Calcutta medical institutions reports 1892-1900
Year: 1892
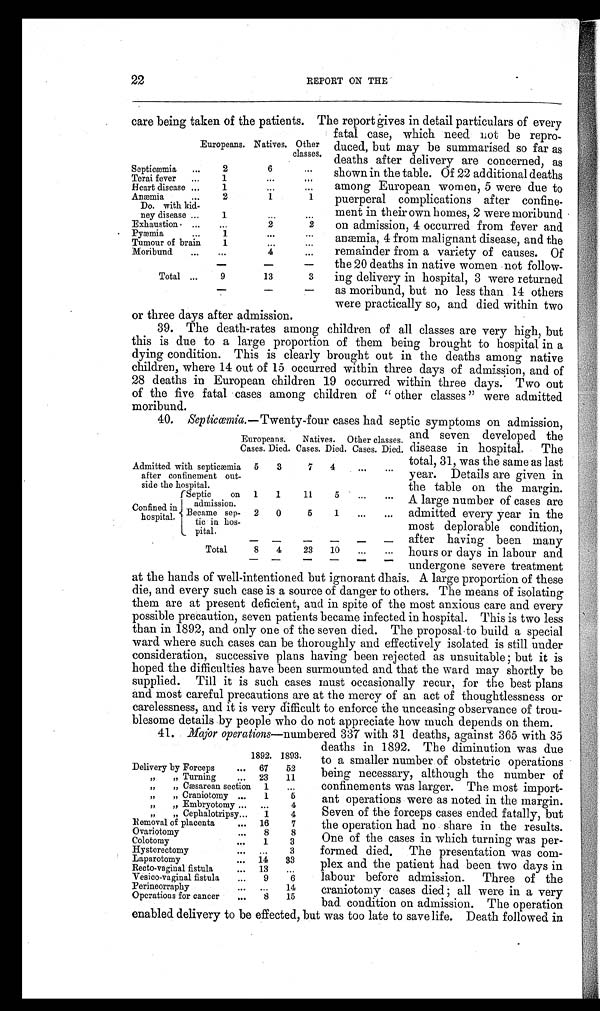
Europeans. Natives. Other
classes.
Septicæmia
...
2
6
...
Terai fever
...
1
...
. . .
Heart disease ...
1
...
...
Anæmia
...
2
1
1
Do. with kid-
ney disease
...
1
...
...
Exhaustion ...
...
2
2
Pyæmia
...
1
. . .
...
Tumour of brain
1
. . .
. . .
Moribund
...
...
4
. . .
Total ...
9
13
3
or three days after admission.
22
REPORT ON THE
care being taken of the patients. The report gives in detail particulars of every
fatal case, which need not be repro-
duced, but may be summarised so far as
deaths after delivery are concerned, as
shown in the table. Of 22 additional deaths
among European women, 5 were due to
puerperal complications after confine
-ment in their own homes, 2 were moribund
on admission, 4 occurred from fever and
anæmia, 4 from malignant disease, and the
remainder from a variety of causes. Of
the 20 deaths in native women not follow-
ing delivery in hospital, 3 were returned
as moribund, but no less than 14 others
were practically so, and died within two
39. The death-rates among children of all classes are very high, but
this is due to a large proportion of them being brought to hospital in a
dying condition. This is clearly brought out in the deaths among native
children, where 14 out of 15 occurred within three days of admission, and of
28 deaths in European children 19 occurred within three days. Two out
of the five fatal cases among children of "other classes" were admitted
moribund.
40.
Septicœmia.—Twenty-four cases had septic symptoms on admission,
Europeans.
Natives. Other classes.
Cases. Died. Cases. Died. Cases. Died.
Admitted with septicæmia
after confinement out-
side the hospital.
5
3
7
4
...
...
Confined in
hospita.
Septic
on
admission.
1
1
11
5
...
...
Became sep-
tic in hos-
pital.
2
0
5
1
. . .
. . .
Total
8
4
23
10
...
...
and seven developed the
disease in hospital. The
total, 31, was the same as last
year. Details are given in
the table on the margin.
A large number of cases are
admitted every year in the
most deplorable condition,
after having been many
hours or days in labour and
undergone severe treatment
at the hands of well-intentioned but ignorant dhais. A large proportion of these
die, and every such case is a source of danger to others. The means of isolating
them are at present deficient, and in spite of the most anxious care and every
possible precaution, seven patients became infected in hospital. This is two less
than in 1892, and only one of the seven died. The proposal to build a special
ward where such cases can be thoroughly and effectively isolated is still under
consideration, successive plans having been rejected as unsuitable; but it is
hoped the difficulties have been surmounted and that the ward may shortly be
supplied. Till it is such cases must occasionally recur, for the best plans
and most careful precautions are at the mercy of an act of thoughtlessness or
carelessness, and it is very difficult to enforce the unceasing observance of trou-
blesome details by people who do not appreciate how much depends on them.
41. Major operations—numbered 337 with 31 deaths, against 365 with 35
1892. 1893.
Delivery by Forceps
. . . 67 5 2
„ „ Turning
. . . 23 11
„ „ Cæsarean section
1
...
„ „ Craniotomy ...
1
5
„ „ Embryotomy ...
...
4
,, ,, Cephalotripsy . . . 1
4
Removal of placenta
...
16
7
Ovariotomy
. . .
8
8
Colotomy
. . .
1
3
Hysterectomy
...
. . .
3
Laparotomy
. . . 14
33
Recto-vaginal fistula
...
13
...
Vesico-vaginal fistula
...
9
6
Perineorraphy
...
...
14
Operations for cancer
...
8
15
deaths in 1892. The diminution was due
to a smaller number of obstetric operations
being necessary, although the number of
confinements was larger. The most import-
ant operations were as noted in the margin.
Seven of the forceps cases ended fatally, but
the operation had no share in the results.
One of the cases in which turning was per-
formed died. The presentation was com-
plex and the patient had been two days in
labour before admission. Three of the
craniotomy cases died; all were in a very
bad condition on admission. The operation
enabled delivery to be effected, but was too late to save life. Death followed in